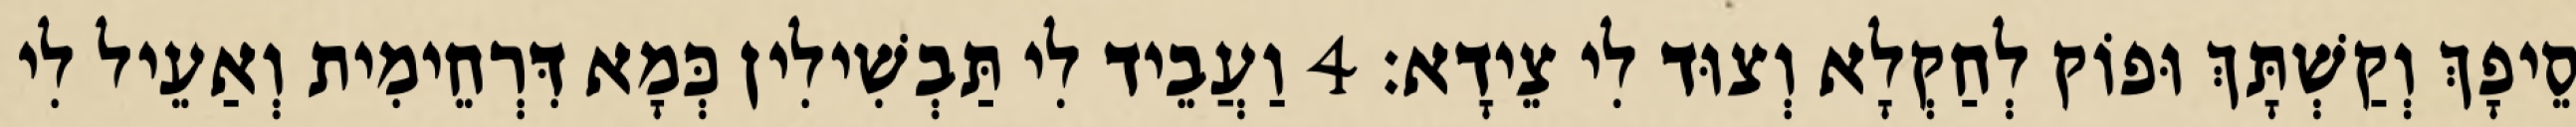
סֵיפָךְ וְקַשְׁתָּךְ וּפוֹק לְחַקְלָא וְצוּד לִי צֵידָא׃ 4 וַעֲבֵיד לִי תַּבְשִׁילִין כְּמָא דִּרְחֵימִית וְאַעֵיל לִי